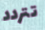
تتردد